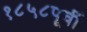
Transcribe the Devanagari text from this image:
१८५८पूर्वी